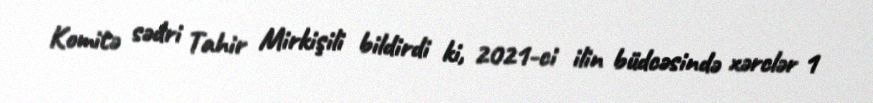
Komitə sədri Tahir Mirkişili bildirdi ki, 2021-ci ilin büdcəsində xərclər 1